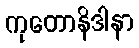
ကုတောနိဒါနာ